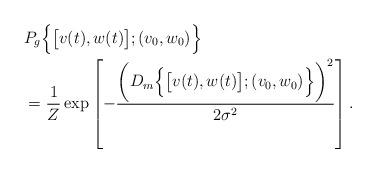
LaTeX: \begin{align*}&P_g\Big\{\big[v(t),w(t)\big];(v_0,w_0)\Big\}\\ &=\frac{1}{Z}\exp\left[-\frac{\bigg(D_m\Big\{\big[v(t),w(t)\big];(v_0,w_0)\Big\}\bigg)^2}{2\sigma^2}\right].\end{align*}